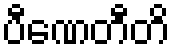
ပီဏေတီတိ